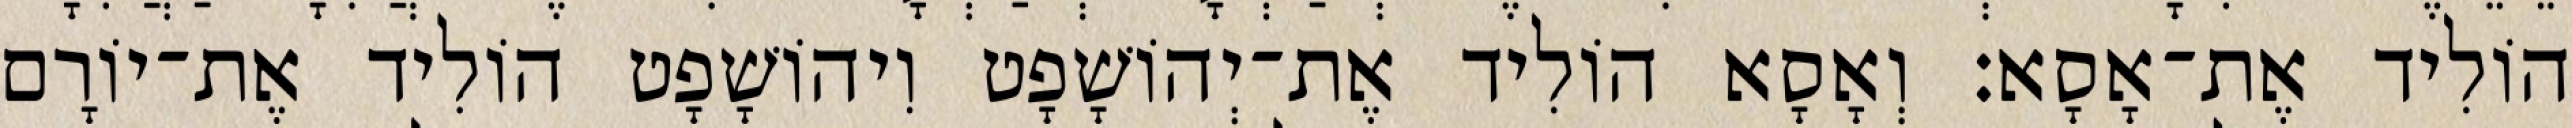
הוֹלִיד אֶת־אָסָא׃ וְאָסָא הוֹלִיד אֶת־יְהוֹשָׁפָט וִיהוֹשָׁפָט הוֹלִיד אֶת־יוֹרָם